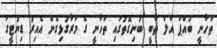
ތަހާނީ ބައްޕަ އަލް ތާބީ ބުނިގޮތުގައި ތަހާނީ ގެ މަރާގުޅިގެން އެއިރު ޑިޔުޓީގަ